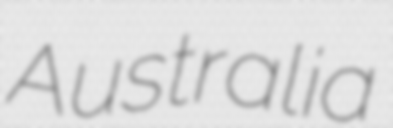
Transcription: Australia